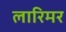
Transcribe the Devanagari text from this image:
लारिमर